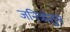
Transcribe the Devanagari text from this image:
जनित्रांतून